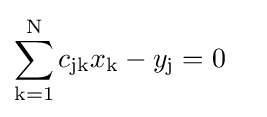
{\begin{aligned}\sum _{\mathrm {k} =1}^{\mathrm {N} }c_{\mathrm {jk} }x_{\mathrm {k} }-y_{\mathrm {j} }&=0\end{aligned}}